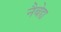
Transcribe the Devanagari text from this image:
नैबेद्य